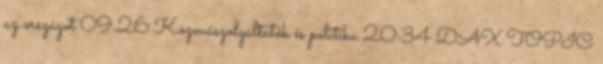
az országot 09:26 Közműszolgáltatók és politika 20:34 DAX TOPIC